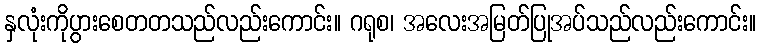
နှလုံးကိုပွားစေတတသည်လည်းကောင်း။ ဂရုစ၊ အလေးအမြတ်ပြုအပ်သည်လည်းကောင်း။